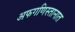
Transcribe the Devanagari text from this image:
अफगणिस्तानात